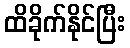
ထိခိုက်နိုင်ပြီး